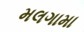
મલગામા